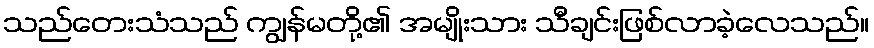
သည်တေးသံသည် ကျွန်မတို့၏ အမျိုးသား သီချင်းဖြစ်လာခဲ့လေသည်။